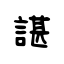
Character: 諶